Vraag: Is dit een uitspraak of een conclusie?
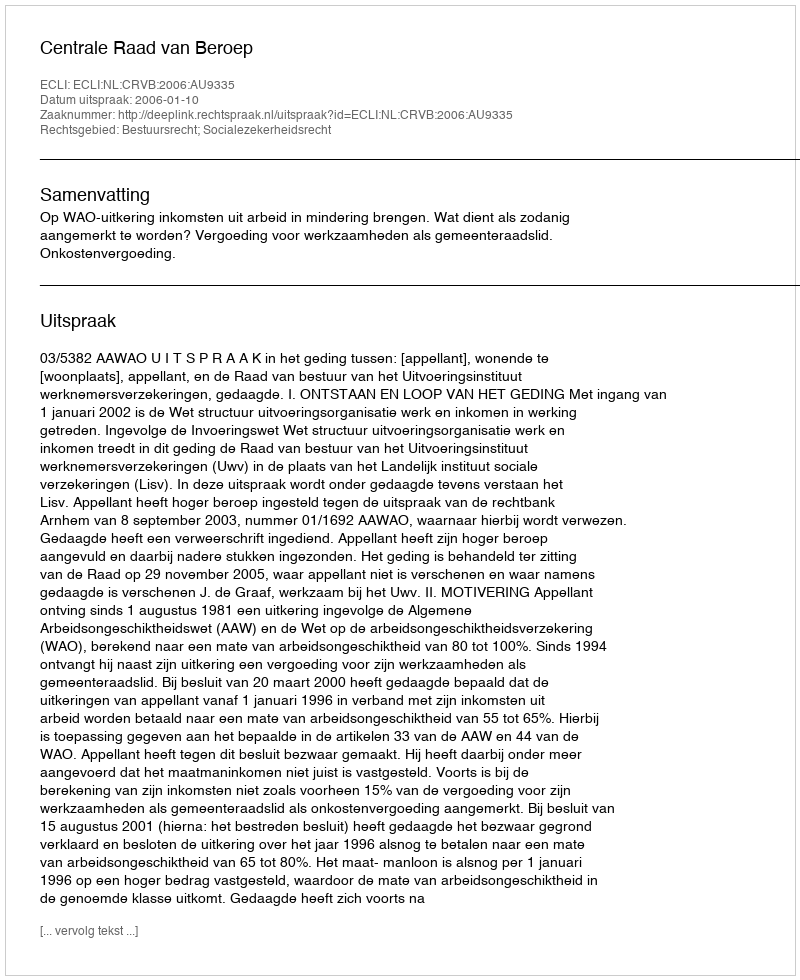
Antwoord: Uitspraak